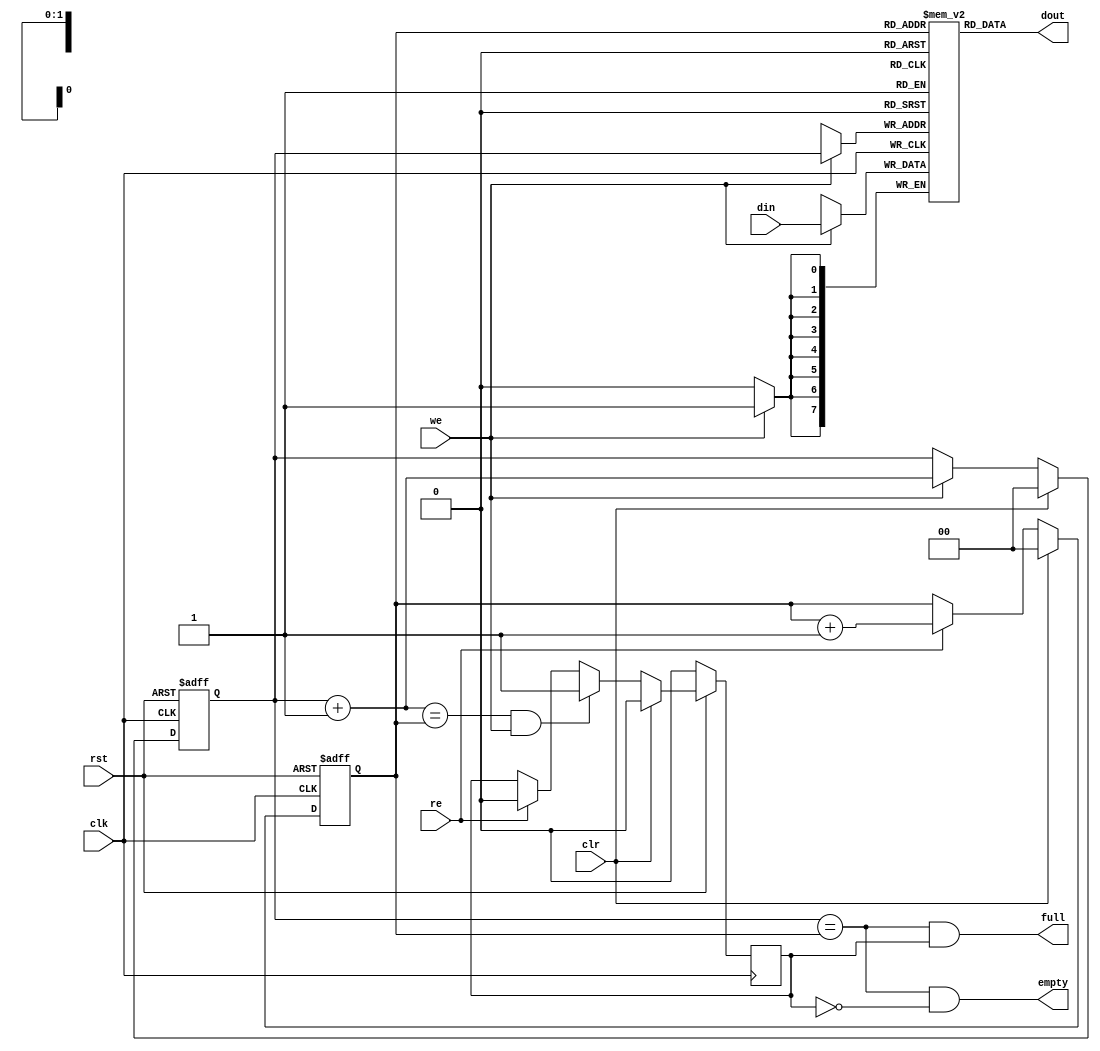
/////////////////////////////////////////////////////////////////////
////                                                             ////
////  FIFO 4 entries deep                                        ////
////                                                             ////
////                                                             ////
////          rudi@asics.ws                                      ////
////                                                             ////
////                                                             ////
////  Downloaded from: http://www.opencores.org/cores/sasc/      ////
////                                                             ////
/////////////////////////////////////////////////////////////////////
////                                                             ////
//// Copyright (C) 2000-2002 Rudolf Usselmann                    ////
////                         www.asics.ws                        ////
////                         rudi@asics.ws                       ////
////                                                             ////
//// This source file may be used and distributed without        ////
//// restriction provided that this copyright statement is not   ////
//// removed from the file and that any derivative work contains ////
//// the original copyright notice and the associated disclaimer.////
////                                                             ////
////     THIS SOFTWARE IS PROVIDED ``AS IS'' AND WITHOUT ANY     ////
//// EXPRESS OR IMPLIED WARRANTIES, INCLUDING, BUT NOT LIMITED   ////
//// TO, THE IMPLIED WARRANTIES OF MERCHANTABILITY AND FITNESS   ////
//// FOR A PARTICULAR PURPOSE. IN NO EVENT SHALL THE AUTHOR      ////
//// OR CONTRIBUTORS BE LIABLE FOR ANY DIRECT, INDIRECT,         ////
//// INCIDENTAL, SPECIAL, EXEMPLARY, OR CONSEQUENTIAL DAMAGES    ////
//// (INCLUDING, BUT NOT LIMITED TO, PROCUREMENT OF SUBSTITUTE   ////
//// GOODS OR SERVICES; LOSS OF USE, DATA, OR PROFITS; OR        ////
//// BUSINESS INTERRUPTION) HOWEVER CAUSED AND ON ANY THEORY OF  ////
//// LIABILITY, WHETHER IN  CONTRACT, STRICT LIABILITY, OR TORT  ////
//// (INCLUDING NEGLIGENCE OR OTHERWISE) ARISING IN ANY WAY OUT  ////
//// OF THE USE OF THIS SOFTWARE, EVEN IF ADVISED OF THE         ////
//// POSSIBILITY OF SUCH DAMAGE.                                 ////
////                                                             ////
/////////////////////////////////////////////////////////////////////

//  CVS Log
//
//  $Id: sasc_fifo4.v,v 1.1.1.1 2002/09/16 16:16:41 rudi Exp $
//
//  $Date: 2002/09/16 16:16:41 $
//  $Revision: 1.1.1.1 $
//  $Author: rudi $
//  $Locker:  $
//  $State: Exp $
//
// Change History:
//               $Log: sasc_fifo4.v,v $
//               Revision 1.1.1.1  2002/09/16 16:16:41  rudi
//               Initial Checkin
//
//
//
//
//
//


// 4 entry deep fast fifo
module sasc_fifo4(clk, rst, clr,  din, we, dout, re, full, empty);

input		clk, rst;
input		clr;
input   [7:0]	din;
input		we;
output  [7:0]	dout;
input		re;
output		full, empty;


////////////////////////////////////////////////////////////////////
//
// Local Wires
//

reg     [7:0]	mem[0:3];
reg     [1:0]   wp;
reg     [1:0]   rp;
wire    [1:0]   wp_p1;
wire    [1:0]   wp_p2;
wire    [1:0]   rp_p1;
wire		full, empty;
reg		gb;

////////////////////////////////////////////////////////////////////
//
// Misc Logic
//

always @(posedge clk or negedge rst)
        if(!rst)	wp <= #1 2'h0;
        else
        if(clr)		wp <= #1 2'h0;
        else
        if(we)		wp <= #1 wp_p1;

assign wp_p1 = wp + 2'h1;
assign wp_p2 = wp + 2'h2;

always @(posedge clk or negedge rst)
        if(!rst)	rp <= #1 2'h0;
        else
        if(clr)		rp <= #1 2'h0;
        else
        if(re)		rp <= #1 rp_p1;

assign rp_p1 = rp + 2'h1;

// Fifo Output
assign  dout = mem[ rp ];

// Fifo Input 
always @(posedge clk)
        if(we)     mem[ wp ] <= #1 din;

// Status
assign empty = (wp == rp) & !gb;
assign full  = (wp == rp) &  gb;

// Guard Bit ...
always @(posedge clk)
	if(!rst)			gb <= #1 1'b0;
	else
	if(clr)				gb <= #1 1'b0;
	else
	if((wp_p1 == rp) & we)		gb <= #1 1'b1;
	else
	if(re)				gb <= #1 1'b0;

endmodule